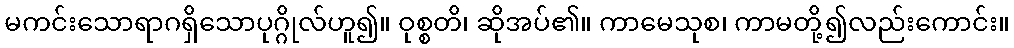
မကင်းသောရာဂရှိသောပုဂ္ဂိုလ်ဟူ၍။ ဝုစ္စတိ၊ ဆိုအပ်၏။ ကာမေသုစ၊ ကာမတို့၍လည်းကောင်း။